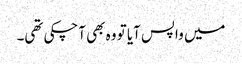
میں واپس آیا تو وہ بھی آچکی تھی۔